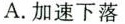
A.加速下落